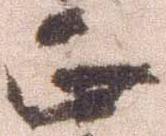
正